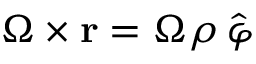
\boldsymbol { \Omega } \times \mathbf { r } = \Omega \rho \, \boldsymbol { \hat { \varphi } }